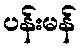
ပန်းမန်